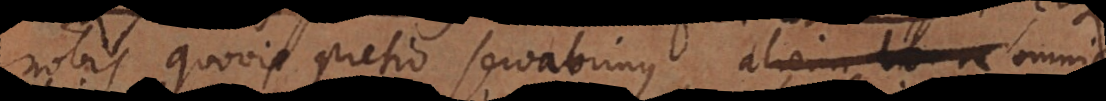
nobis quovis pretio servabimus, aliorum bon